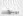
المبلغ